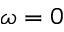
\omega = 0